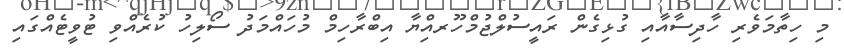
މި ހިތާމަވެރި ހާދިސާއާއި ގުޅިގެން ރައީސުލްޖުމްހޫރއްިޔާ އިބްރާހިމް މުހައްމަދު ސޯލިހު ކުރެއްވި ޓުވީޓެއްގައި